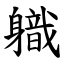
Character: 軄